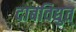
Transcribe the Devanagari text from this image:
दाबविद्युत्‌